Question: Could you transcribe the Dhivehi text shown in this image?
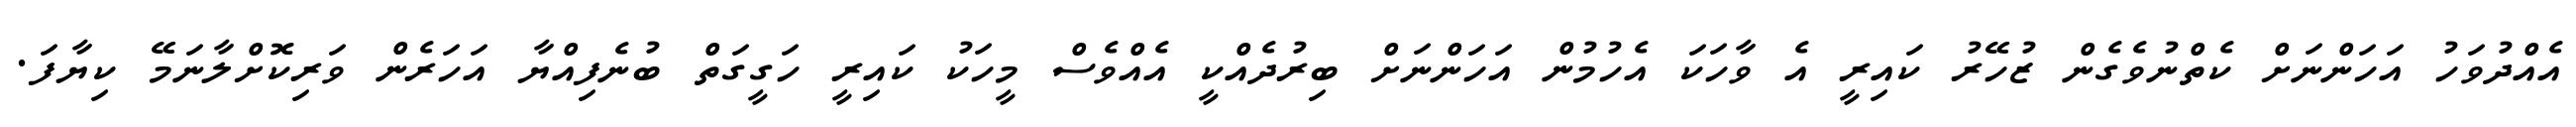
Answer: އެއްދުވަހު އަހަންނަށް ކެތްނުވެގެން ޒުހޭރު ކައިރީ އެ ވާހަކަ އެހުމުން އަހަންނަށް ބިރުދެއްކީ އެއްވެސް މީހަކު ކައިރީ ހަގީގަތް ބުނެފިއްޔާ އަހަރެން ވަރިކޮށްލާނަމޭ ކިޔާފަ.